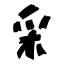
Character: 采